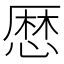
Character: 𢟍